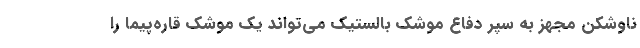
ناوشکن مجهز به سپر دفاع موشک بالستیک می‌تواند یک موشک قاره‌پیما را